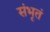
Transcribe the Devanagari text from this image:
संभृतं